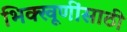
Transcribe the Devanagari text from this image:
भिक्खूणींसाठी